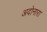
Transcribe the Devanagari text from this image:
अदोनारा